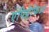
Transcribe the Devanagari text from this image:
एपिग्रैफिआ